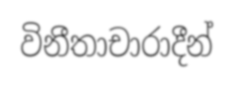
විනීතාචාරාදීන්